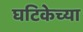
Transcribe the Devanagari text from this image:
घटिकेच्या